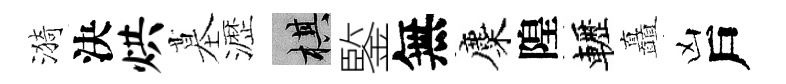
漪決烘墓瀝棋鍳無麋隍轣矗凶戶